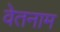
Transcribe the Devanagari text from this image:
वेतनाम